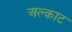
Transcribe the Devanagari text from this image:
अल्काट